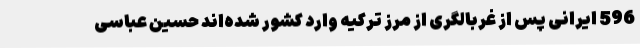
596 ایرانی پس از غربالگری از مرز ترکیه وارد کشور شده‌اند حسین عباسی